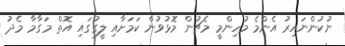
ނުކުންނައިރު އެންމެ މުހިންމީ މެޗުން މޮޅުވުން ކަމަށާއި ލީގުގައި އޮތް މަގާމާ މެދު